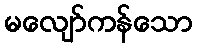
မလျော်ကန်သော